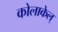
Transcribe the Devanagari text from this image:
कोलाकेल्